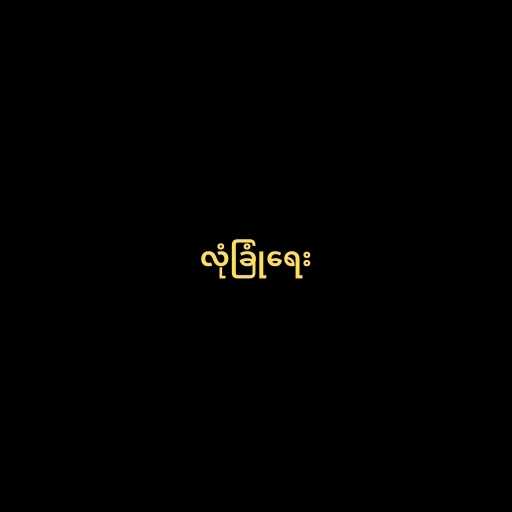
လုံခြုံရေး